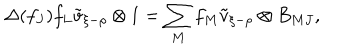
\Delta ( f _ { J } ) f _ { L } \tilde { v } _ { \xi - \rho } \otimes 1 = \sum _ { M } f _ { M } \tilde { v } _ { \xi - \rho } \otimes B _ { M J } ,